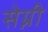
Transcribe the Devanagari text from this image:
सेग्नी